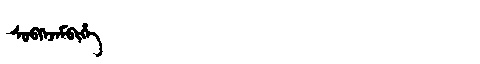
Manchu: ᠰᡠᠪᡴᡝᠵᡝᠮᠪᡳᡥᡝ
Romanization: SUBKEJEMBIHE